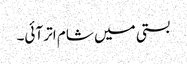
بستی میں شام اتر آئی۔